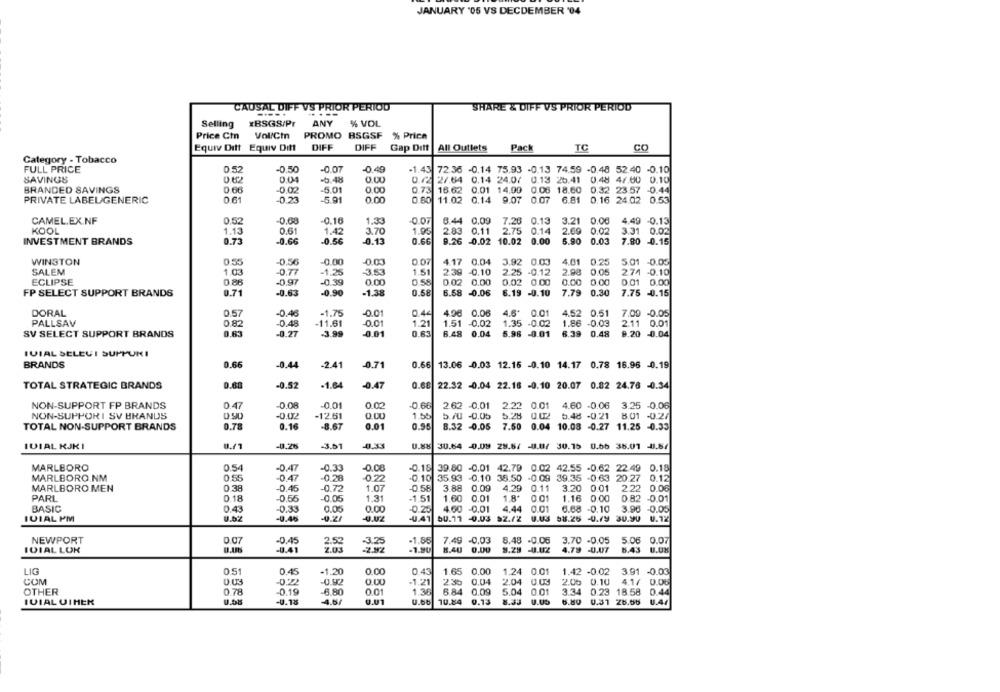
JANUARY "05 VS DECDEMBER '04
CAUSAL DIFF VS PRIOR PERIOD
SHARE & DIFF VS PRIOR PERIOD
----.
Selling
XBSGS/Pr
ANY
% VOL
Price Ctn
Vol/Cin
PROMO BSGSF % Price
Equiv Ditt Equiv Ditt
DIFF
DIFF
Gap Ditt |All Outlets
Pack
TC
CO
Category - Tobacco
FULL PRICE
0.52
-0.50
-0.07
-0.49
-1.43 72.36 -0.14 75.93 -0.13 74.59 -0.48 52.40 -0.10
SAVINGS
0.04
-5.48
0.00
0 /2 2/.64 0.14 24.07 0.13 25.41 0.48 4/.00 0.10
BRANDED SAVINGS
0.68
0,02
-5.01
0.00
0.73 16.62
0.01 14.99
0.06 18.60 0.32 23:57 -0.44
PRIVATE LABEL/GENERIC
0.61
-0.23
-5.91
0.00
0.80
11.02
0.14 9.07
0.07
6.81
0.16 24.02 0.53
CAMEL.EX.NF
0.52
0.68
-0.16
1.33
-0.07
6.44
0,09
7.26
0.13
3.21
0.00
4.49 -0.13
KOOL
1.13
0.61
1.42
3.70
1.95
2.83
0.11
2.75
0.14
2.69 0.02
3.31 0.02
INVESTMENT BRANDS
0.73
-0.66
-0.56
-0.13
0.66
9.26 -0.02
10.02
0.00
5.90
0.03
7.80 -0.15
WINSTON
0.55
-0,56
-0.00
-0.03
0.07
4.17 0.04
3.92 0.03
4.01
0.25
5.01 -0.05
1.51
239
SALEM
1.03
-0.77
-1.25
3.53
-0.10
2.25 -0.12
2.98
274 -0.10
ECLIPSE
-0.97
-0.39
0.00
0.02
0.00
0.02 0.00
0.00 0.00
0.01 0.00
0.58
6.58
7.79
0.30
7.75 -0.15
FP SELECT SUPPORT BRANDS
0.71
-0.63
-0.90
-1.38
-0.06
6.19 -0.10
DORAL
0.57
-0.46
-1.75
-0.01
0.44
4.98 0.06
4.6'
0.01
4.52 0.51
7.09 -0.05
PALLSAV
0.82
0.48
-11.61
-0.01
1.21
1.51 -0.02
1.35 -0.02
1.86 -0.03
2.11 0.01
0.83
-0.01
0.83
5.98 -0.01
6.39 0.48
SV SELECT SUPPORT BRANDS
-0.27
-3.99
6.48 0.04
9.20 -0.04
IVIAL SELEUI SUPPUNI
BRANDS
0.66
-0.44
-2.41
-0.71
0.66
13.06 0.03 12.16 -0.10 14.17 0.78 16.96 -0.19
TOTAL STRATEGIC BRANDS
0.68
-0.52
-1.64
-0.47
0.68
22.32 -0.04 22.18 -0.10 20.07 0.82 24.76 -0.34
NON-SUPPORT FP BRANDS
0.47
-0.08
-0.01
0.02
-0.66
2.62 -0.01
2.22 0.01 4.60 -0.06
3.25 -0.06
NON-SUPPORI SV BRANDS
-0.02
-12.61
0.00
1.55
5.70 -0,05
5.28 0.02 5.48 -0.21
8.01 -0.27
TOTAL NON-SUPPORT BRANDS
0.78
0.16
-8.67
0.01
0.95
8.32 -0.05
7.50 0.04 10.08 -0.27 11.25 -0.33
IDIAL RJKI
0.71
-0.26
-3.01
30.64 -0.09 28.6/ -U.U/ 30.15
0.66 38.01 4.67
MARLBORO
0.54
-0.47
-0.33
-0.00
0.16 39.80 -0.01 42.79 0.02 42.55 -0.62 22.49 0.18
MARLBORO.NM
0 55
0.47
-0.28
0.22
-0.10
35.93 -0.10 38.50 -0.09 39.35 -0.63 20.27 0.12
MARLBORO MEN
0 .38
.0.45
-0.72
1.07
-0.58
3.88
0.09
4.29
0.11
3.20 0.01
2.22 0.06
PARL
0.18
0.55
-0.05
1.31
-1.51
1.60
0.01
1.8'
0.01
1.16 0.00
0.82 -0.01
BASIC
0.43
-0.33
0.05
0.00
-0.25
4.60
-0.01
4.44
0.01
6.68 -0.10
3.90 -0.05
IVIAL PM
0.52
-U.46
-0.2
-0.42
-0.41
50.77
-0.03
U.US
58.25 -U./9 30.90
0.72
NEWPORT
0.07
-3.25
-1.85
7.49 -0,03
8.48 -0.06
3.70 -0,05
5.06 0.07
-0,45
2.52
IDIAL LOK
-0.41
2.03
-1.90
8.40 0.00
8.29 -0.02
4.79 -U.AT
8.43
LIG
0.51
0.45
-1.20
0.00
0.43
1.65 0.00
1.24 0.01
1.42 -0.02
3.91 -0.03
COM
-0.92
0.00
-1.21
0.04
22.04
2.00 0.10
4.1/ 0.06
OTHER
0.78
-0.19
-6.80
0.01
1.36
6.84 0.09
5.04
0.01
3.34
0.23 18.58 0.44
IVIAL VIHER
0.68
-U.18
4.6/
9.41
U.60
10.84
0.13
6.80
0.31 28.66